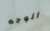
الوجه